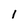
Character: l